Lunatic asylums Central Provinces reports 1874-1885 - 1874-1885
Year: 1874
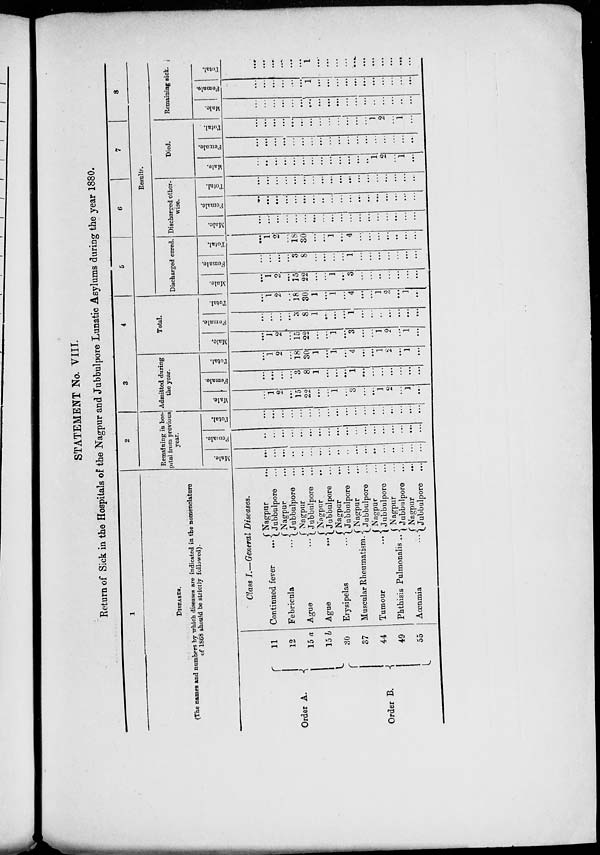
STATEMENT No. VIII.
Return of Sick in the Hospitals of the Nagpur and Jubbulpore Lunatic Asylums during the year 1880.
1
DISEASES.
(The names and numbers by which diseases are indicated in the nomenclature
of 1868 should be strictly followed).
Order A.
Order B.
11
12
15 a
15 b
30
37
44
49
55
Class I.—General Diseases.
Continued fever
...
Febricula
...
Ague ...
Ague
...
Erysipelas
...
Muscular Rheumatism ...
Tumour
...
Phthisis Pulmonalis ...
Aœnmia
...
Nagpur
...
Jubbulpore ...
Nagpur ...
Jubbulpore ...
Nagpur ...
Jubbulpore ...
Nagpur ...
Jubbulpore ...
Nagpur ...
Jubbulpore ...
Nagpur ...
Jubbulpore ...
Nagpur ...
Jubbulpore ...
Nagpur ...
Jubbulpore ...
Nagpur ...
Jubbulpore ...
2
Remaining in hos-
pital from previous
year.
Male.
...
...
...
...
...
...
...
...
...
...
...
...
...
...
...
...
...
...
Female.
...
...
...
...
...
...
...
...
...
...
...
...
...
...
...
...
...
...
Total.
...
...
...
...
...
...
...
...
...
...
...
...
...
...
...
...
...
...
3
Admitted during
the year.
Male.
...
1
2
...
15
22
...
...
1
...
3
...
...
1
2
...
1
...
Female.
...
...
...
...
3
8
1
...
...
...
1
...
...
...
...
...
...
...
Total.
...
1
2
...
18
30
1
...
1
...
4
...
...
1
2
...
1
...
4
Total.
Male.
...
1
2
...
15
22
...
...
1
...
3
...
...
1
2
...
1
...
Female.
...
...
...
...
3
8
1
...
...
...
1
...
...
..
...
...
...
...
Total.
...
1
2
...
18
30
1
...
1
...
4
...
...
1
2
...
1
...
5
6
7
8
Results.
Discharged cured.
Male.
...
1
2
...
15
22
...
...
1
...
3
...
...
...
...
...
...
...
Female.
...
...
...
...
3
8
...
...
...
...
1
...
...
...
...
...
...
...
Total.
...
1
2
...
18
30
...
...
1
...
4
...
...
...
...
...
...
...
Discharged other-
wise.
Male.
...
...
...
...
...
...
...
...
...
...
...
...
...
...
...
...
...
...
Female.
...
...
...
...
...
...
...
...
...
...
...
...
...
...
...
...
...
...
Total.
...
...
...
...
...
...
...
...
...
...
...
...
...
...
...
...
...
...
Died.
Male.
...
...
...
...
...
...
...
...
...
...
...
...
...
1
2
...
1
...
Female.
...
...
...
...
...
...
...
...
...
...
...
...
...
...
...
...
...
...
Total.
...
...
...
...
...
...
...
...
...
...
...
...
...
1
2
...
1
...
Remaining sick.
Male.
...
...
...
...
...
...
...
...
...
...
...
...
...
...
...
...
...
...
Female.
...
...
...
...
...
...
1
...
...
...
...
...
...
...
...
...
...
...
Total.
...
...
...
...
...
...
1
...
...
...
...
...
...
...
...
...
...
...